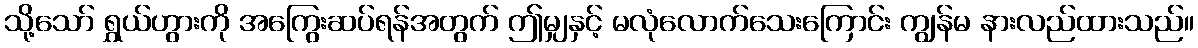
သို့သော် ရွှယ်ဟွားကို အကြွေးဆပ်ရန်အတွက် ဤမျှနှင့် မလုံလောက်သေးကြောင်း ကျွန်မ နားလည်ထားသည်။